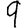
Digit: 9